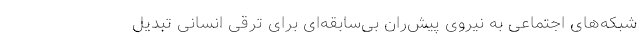
شبکه‌های اجتماعی‌ به نیروی پیش‌رانِ بی‌سابقه‌ای برای ترقی انسانی تبدیل